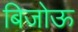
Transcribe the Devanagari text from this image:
बिजोऊ